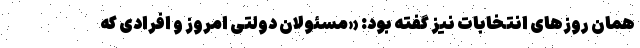
همان روزهای انتخابات نیز گفته بود: «مسئولان دولتی امروز و افرادی که